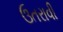
ઉતરાવી